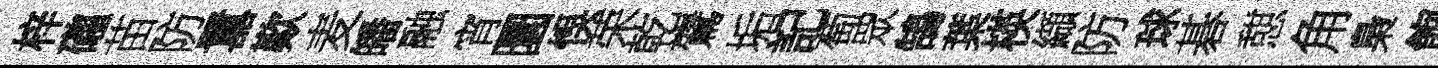
梓礲苗防囂歎麦皤融宵圜悞荣乾鷟垢記萄眾鵠葉楧纈防球碁憇角梟飽